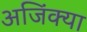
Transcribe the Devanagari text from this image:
अजिंक्या